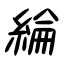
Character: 綸